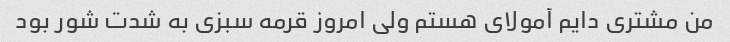
من مشتری دایم آمولای هستم ولی امروز قرمه سبزی به شدت شور بود